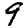
Digit: 9